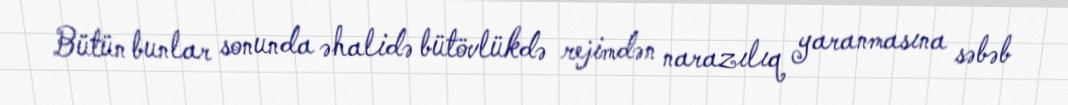
Bütün bunlar sonunda əhalidə bütövlükdə rejimdən narazılıq yaranmasına səbəb